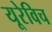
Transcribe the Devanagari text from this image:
यूरेविच